Cholera in southern India
Disease focus: Cholera
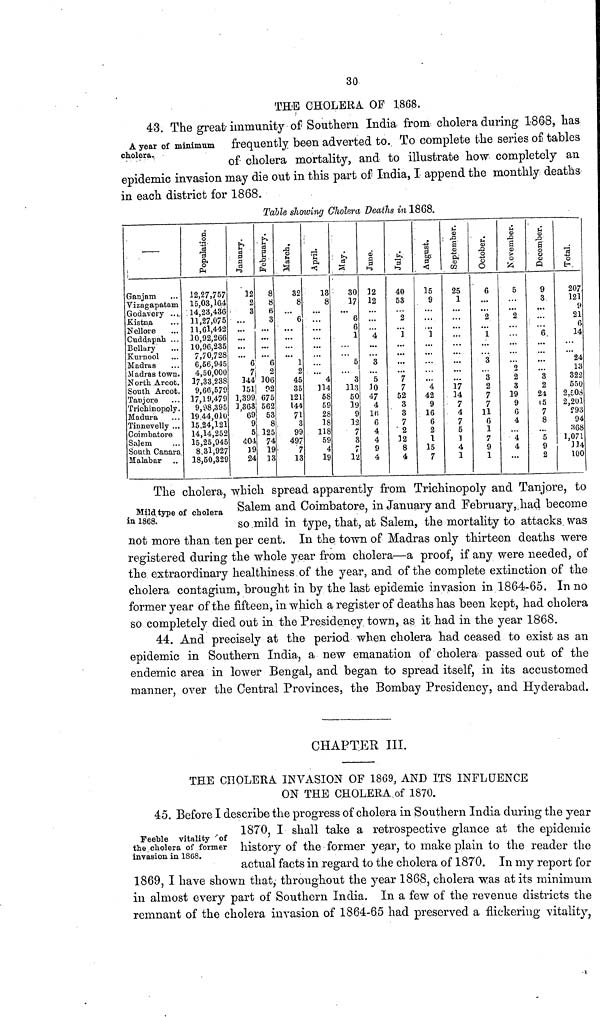
30
THE CHOLERA OF 1868.
43. The great immunity of Southern India from cholera during 1868, has
A year of minimum frequently been adverted to. To complete the series of tables
cholera
"
of cholera mortality, and to illustrate how completely an
epidemic invasion may die out in this part of India, I append the monthly deaths
in each district for 1868.
Table showing Cholera Deaths in 1868.
—
Ganjam
Vizagapatam
Godavery ...
Kistna
Nellore
Cuddapah ...
Bellary
Kurnool
Madras
Madras town.
North. Arcot.
South Arcot.
Tanjore
Trichinopoly.
Madura
Tinnevelly ...
Coimbatore
Salem
South Canara
Malabar
Population.
12,27,757
15,03,164
14,23,436
31,27,075
11,61,442
10,92,266
10,96,235
7,70,728
6,56,945
4,50,000
17,33,238
9,66,579
17,19,479
9,98,395
19,44,010
15,24,121
14,14,252
15,25,945
8,31,927
18,50,329
January.
12
2
3
...
...
6
7
144
151
1,399
1,363
69
9
5
404
19
24
February.
8
8
6
3
...
6
2
106
92
675
562
53
8
125
74
19
13
March.
32
8
6
...
1
2
45
35
121
144
71
3
99
497
7
13
April.
13
8
...
4
114
58
59
28
18
118
59
4
19
May.
30
17
6
6
1
5
3
113
50
19
9
12
7
3
7
7
12
June.
12
12
...
4
3
5
10
47
4
16
6
4
4
9
4
July.
40
53
2
1
...
7
7
52
3
3
7
2
12
8
4
August.
15
9
...
i
...
...
4
42
9
16
6
2
1
15
7
September.
25
1
...
...
17
14
7
4
7
5
1
4
1
October.
6
...
2
1
3
3
2
7
7
11
6
1
7
9
1
November.
5
...
2
...
2
2
3
19
9
6
4
...
4
4
December.
9
3
...
6
...
3
2
24
15
7
8
...
5
9
2
1
En
207
121
9
21
6
14
24
13
322
550
2,503
2,201
293
94
868
1,071
114
100
Mild type of cholera
in 1868.
The cholera, which spread apparently from Trichinopoly and Tanjore, to
Salem and Coimbatore, in January and February,, had become
so mild in type, that, at Salem, the mortality to attacks was
not more than ten per cent. In the town of Madras only thirteen deaths were
registered during the whole year from cholera—a proof, if any were needed, of
the extraordinary healthiness of the year, and of the complete extinction of the
cholera contagium, brought in by the last epidemic invasion in 1864-65. In no
former year of the fifteen, in which a register of deaths has been kept, had cholera
so completely died out in the Presidency town, as it had in the year 1868.
44. And precisely at the period when cholera had ceased to exist as an
epidemic in Southern India, a new emanation of cholera passed out of the
endemic area in lower Bengal, and began to spread itself, in its accustomed
manner, over the Central Provinces, the Bombay Presidency, and Hyderabad.
CHAPTER III,
THE CHOLERA INVASION OF 1869, AND ITS INFLUENCE
ON THE CHOLERA of 1870.
Feeble vitality of
the cholera of former
invasion in 18(58.
45. Before I describe the progress of cholera in Southern India during the year
1870, I shall take a retrospective glance at the epidemic
history of the former year, to make plain to the reader the
actual facts in regard to the cholera of 1870. In my report for
.1869,
I
in almost every part of Southern India. In a few of the revenue districts the
remnant of the cholera invasion of 1864-65 had preserved a flickering vitality,